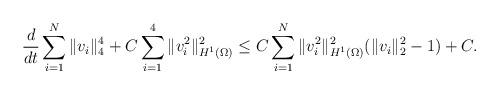
LaTeX: \begin{align*}\frac{d}{dt}\sum_{i=1}^{N}\|v_i\|_4^4 + C\sum_{i=1}^{4}\|v_i^2\|_{H^1(\Omega)}^2 \leq C\sum_{i=1}^{N}\|v_i^2\|_{H^1(\Omega)}^2(\|v_i\|_2^2 - 1) + C.\end{align*}